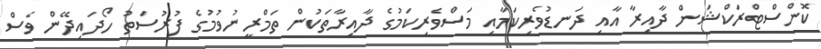
ކޮންސްޓްރަކްޝަން ދާއިރާ އާއި ދަނޑުވެރިކަމާއި މަސްވެރިކަމުގެ ދާއިރާތަކުން ތަމްރީނުވުމުގެ ފުރުސަތު ހޯދައިދޭން ވެސް